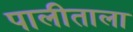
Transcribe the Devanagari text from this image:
पालीताला